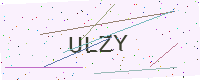
Text: ULZY